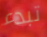
تبدء